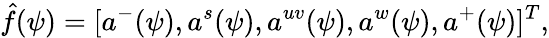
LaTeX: \hat{f}(\psi)=[a^{-}(\psi),a^{s}(\psi),a^{uv}(\psi),a^{w}(\psi),a^{+}(\psi)]^{T},